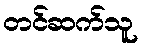
တင်ဆက်သူ